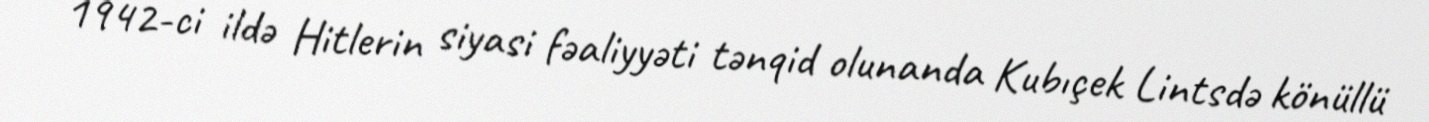
1942-ci ildə Hitlerin siyasi fəaliyyəti tənqid olunanda Kubıçek Lintsdə könüllü